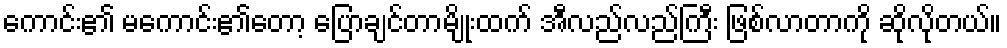
ကောင်း၏ မကောင်း၏တော့ ပြောချင်တာမျိုးထက် အီလည်လည်ကြီး ဖြစ်လာတာကို ဆိုလိုတယ်။